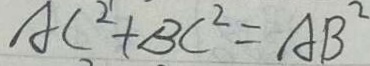
A C ^ { 2 ^ { \prime } } + B C ^ { 2 } = A B ^ { 2 }